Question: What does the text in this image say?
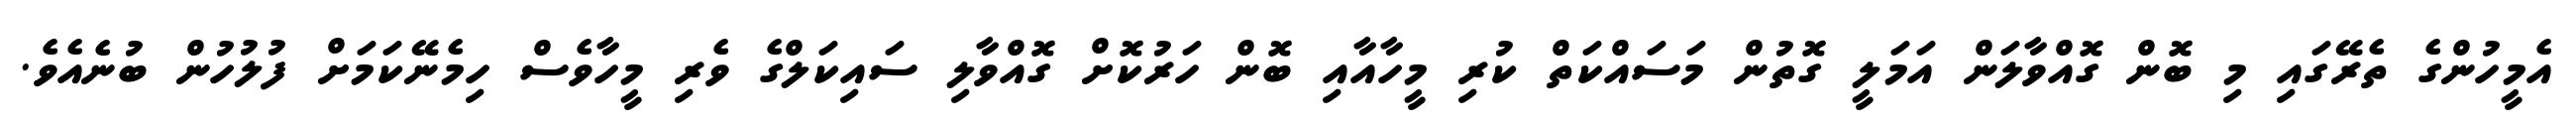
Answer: އެމީހުންގެ ތެރޭގައި މި ބޮން ގޮއްވާލަން އަމަލީ ގޮތުން މަސައްކަތް ކުރި މީހާއާއި ބޮން ހަރުކޮށް ގޮއްވާލި ސައިކަލްގެ ވެރި މީހާވެސް ހިމެނޭކަމަށް ފުލުހުން ބުނެއެވެ.